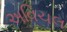
અવિચલ